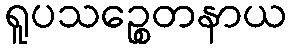
ရူပသဉ္စေတနာယ